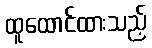
ထူထောင်ထားသည့်